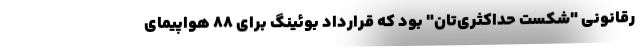
رقانونی "شکست حداکثری‌تان" بود که قرارداد بوئینگ برای ۸۸ هواپیمای